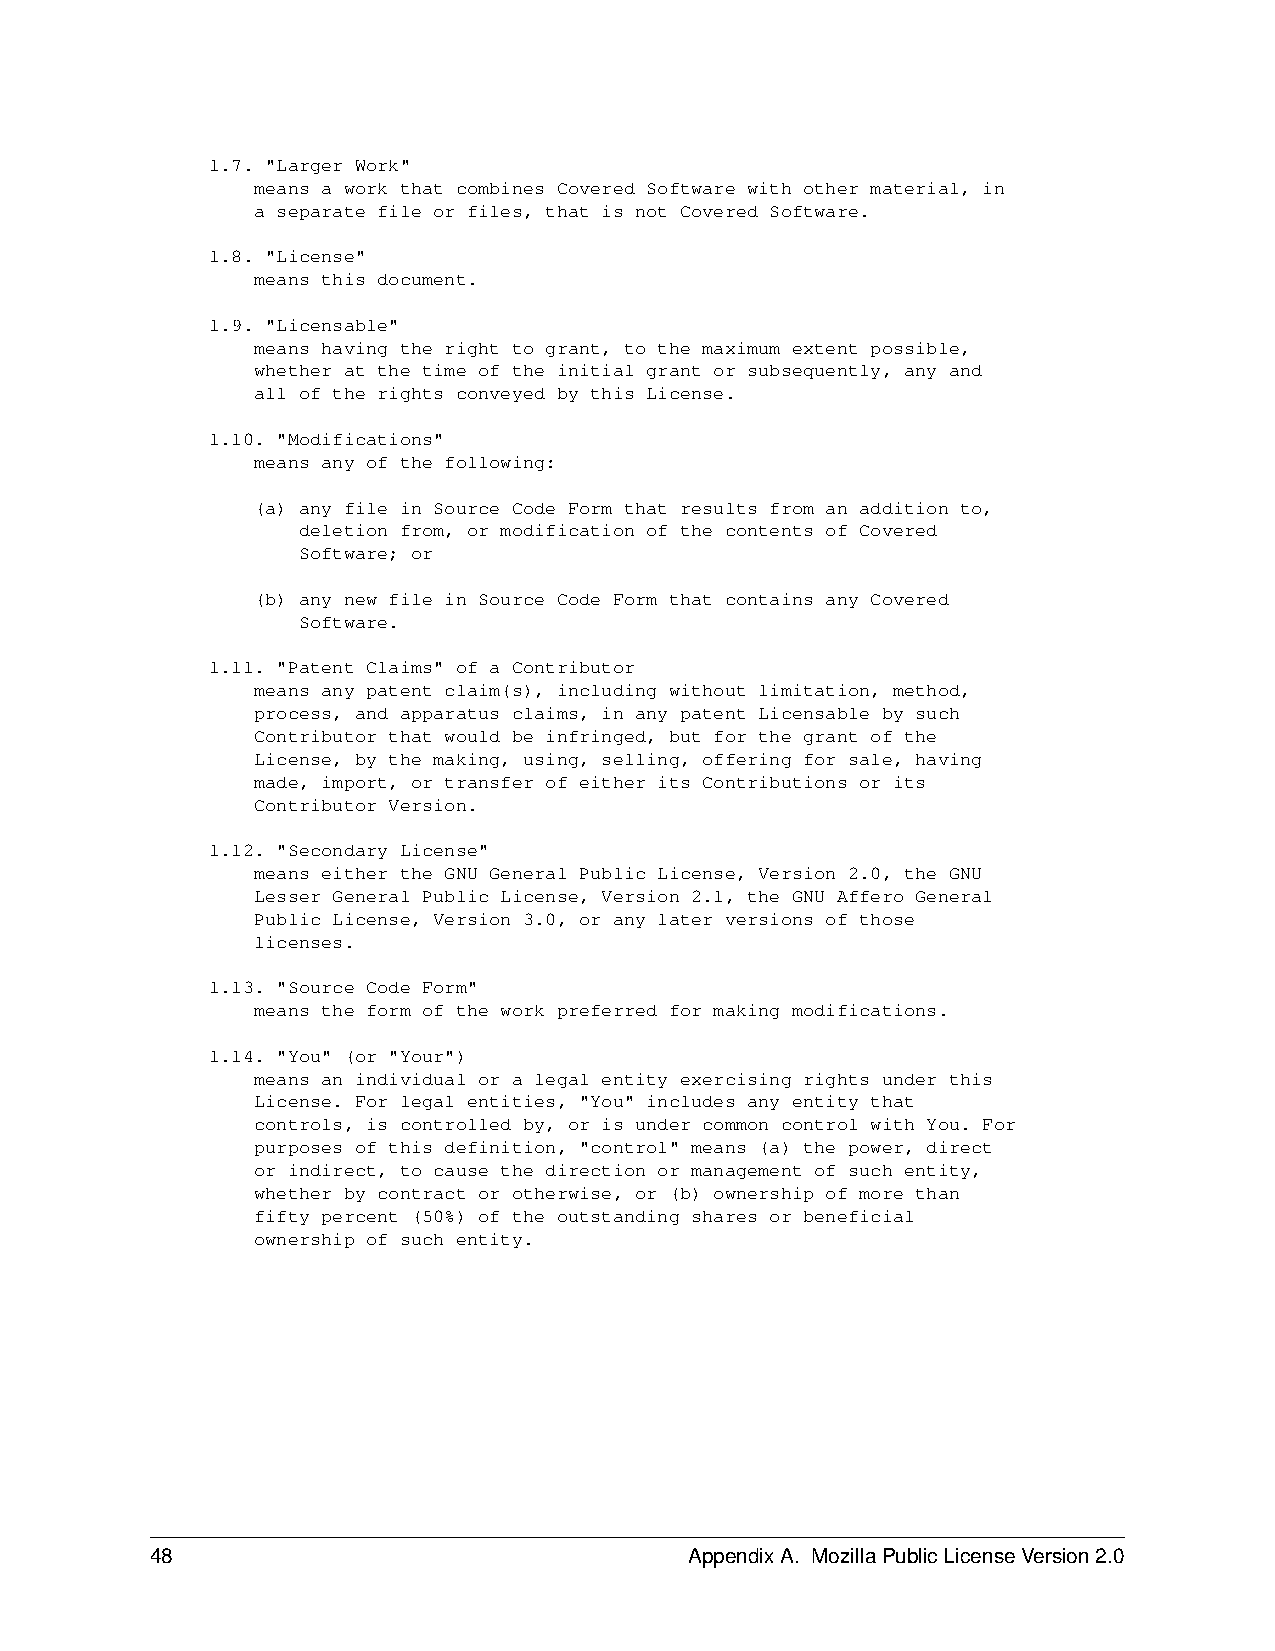
1.7. "Larger Work"
 means a work that combines Covered Software with other material, in
 a separate file or files, that is not Covered Software.
 1.8. "License"
 means this document.
 1.9. "Licensable"
 means having the right to grant, to the maximum extent possible,
 whether at the time of the initial grant or subsequently, any and
 all of the rights conveyed by this License.
 1.10. "Modifications"
 means any of the following:
 (a) any file in Source Code Form that results from an addition to,
 deletion from, or modification of the contents of Covered
 Software; or
 (b) any new file in Source Code Form that contains any Covered
 Software.
 1.11. "Patent Claims" of a Contributor
 means any patent claim(s), including without limitation, method,
 process, and apparatus claims, in any patent Licensable by such
 Contributor that would be infringed, but for the grant of the
 License, by the making, using, selling, offering for sale, having
 made, import, or transfer of either its Contributions or its
 Contributor Version.
 1.12. "Secondary License"
 means either the GNU General Public License, Version 2.0, the GNU
 Lesser General Public License, Version 2.1, the GNU Affero General
 Public License, Version 3.0, or any later versions of those
 licenses.
 1.13. "Source Code Form"
 means the form of the work preferred for making modifications.
 1.14. "You" (or "Your")
 means an individual or a legal entity exercising rights under this
 License. For legal entities, "You" includes any entity that
 controls, is controlled by, or is under common control with You. For
 purposes of this definition, "control" means (a) the power, direct
 or indirect, to cause the direction or management of such entity,
 whether by contract or otherwise, or (b) ownership of more than
 fifty percent (50%) of the outstanding shares or beneficial
 ownership of such entity.
 48                                  AppendixA. MozillaPublicLicenseVersion2.0